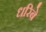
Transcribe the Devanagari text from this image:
धरिबे